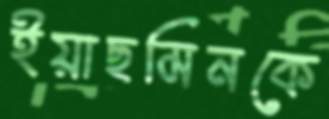
ইয়াছমিনকে